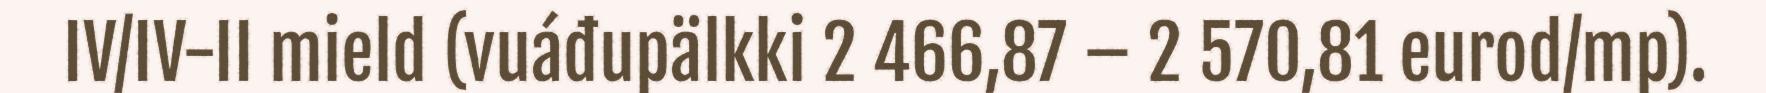
IV/IV-II mield (vuáđupälkki 2 466,87 – 2 570,81 eurod/mp).